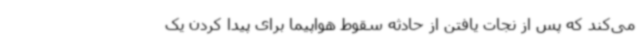
می‌کند که پس از نجات یافتن از حادثه سقوط هواپیما برای پیدا کردن یک